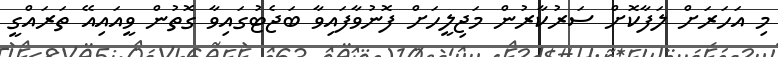
މި އަހަރަށް ލަފާކޮށް ސަރުކާރުން މަޖިލީހަށް ފޮނުވާފައިވާ ބަޖެޓުގައިވާ ގޮތުން ވީއައިއޭ ތަރައްގީ